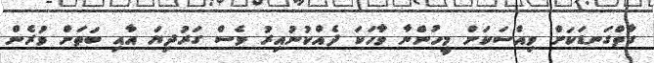
ގާތްގަނޑަކަށް ވިއްސަކަށް މީހުންނާ ވާހަކަ ދެއްކުނުއިރު ވެސް ގަރުދިޔަ އާއި ބަތަށް ވުރެން